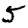
Digit: 5